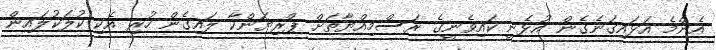
އެންމެ އަޅައިގަނެގެން އުޅެނީ ކައިވެނީގެ ރަސްމިއްޔާތަށް ޕްރިޔަންކާ ލައިގެން ހުރި އެކި ކުލަކުލައިން